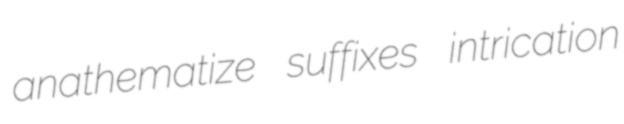
anathematize suffixes intrication